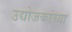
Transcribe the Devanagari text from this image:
उद्योजकांच्या